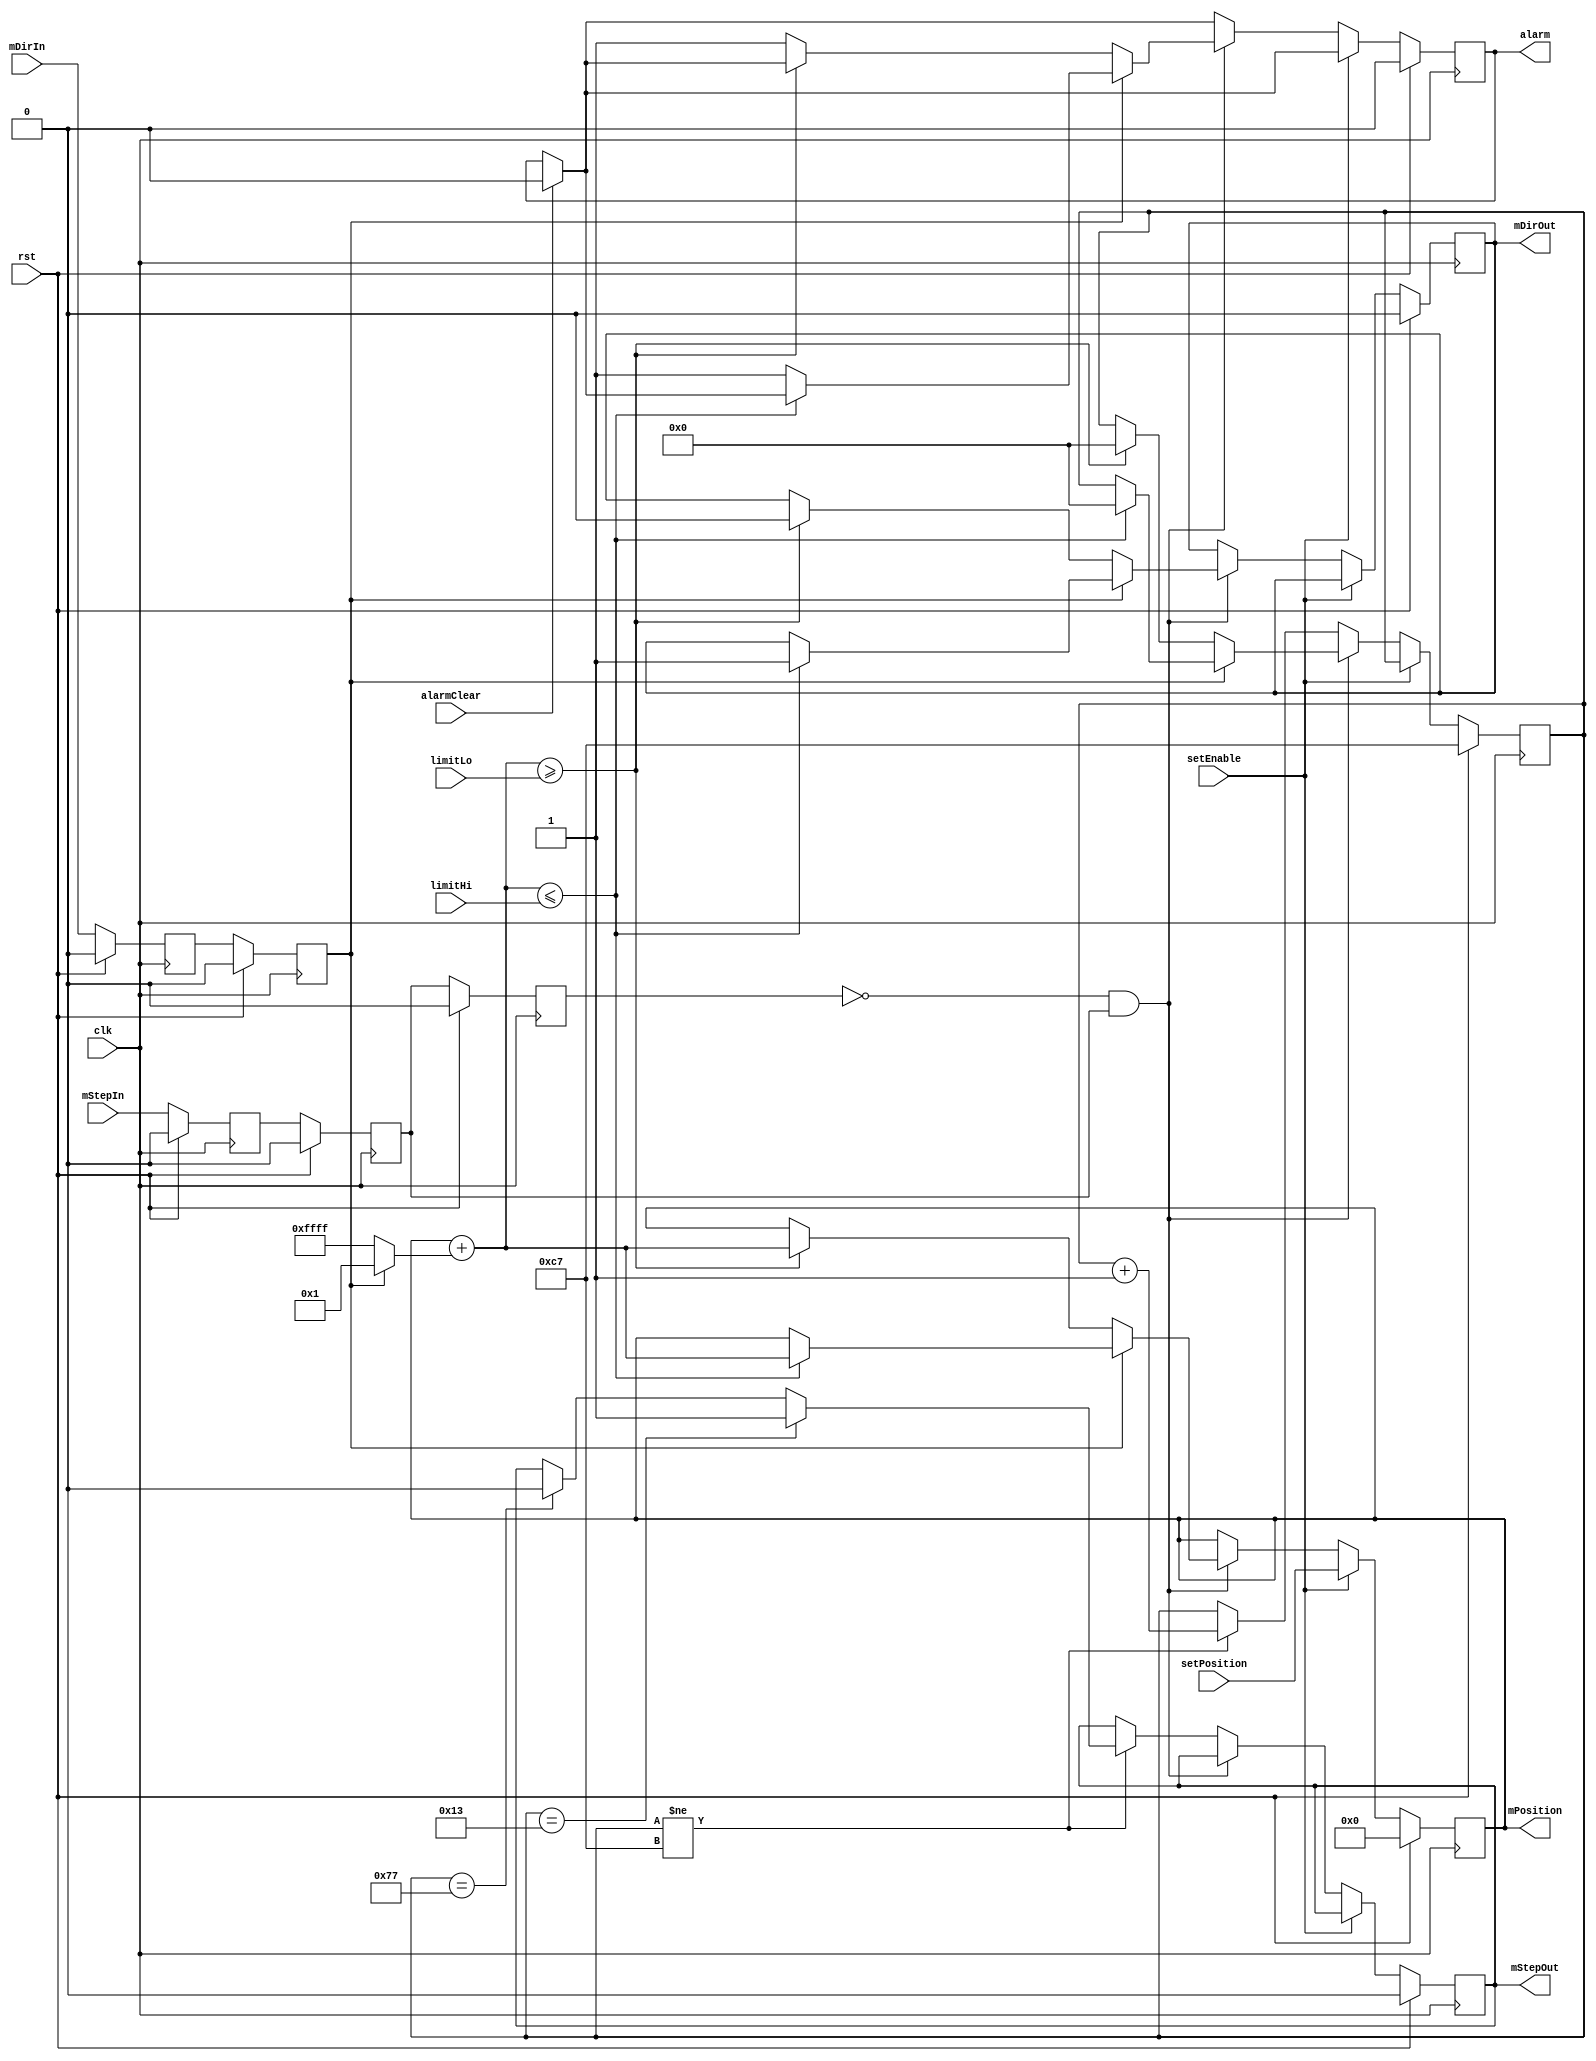
//=============================================================================================
// 6-Axis Robot Arm Motion Engine
// Copyright 2015 by Glen Akins.
// All rights reserved.
// 
// Set editor width to 96 and tab stop to 4.
//
// This program is free software: you can redistribute it and/or modify
// it under the terms of the GNU General Public License as published by
// the Free Software Foundation, either version 3 of the License, or
// (at your option) any later version.
//
// This program is distributed in the hope that it will be useful,
// but WITHOUT ANY WARRANTY; without even the implied warranty of
// MERCHANTABILITY or FITNESS FOR A PARTICULAR PURPOSE.  See the
// GNU General Public License for more details.
//
// You should have received a copy of the GNU General Public License
// along with this program.  If not, see <http://www.gnu.org/licenses/>.
//=============================================================================================

module limiter
(
	input	wire				rst,
	input	wire				clk,

	input	wire				setEnable,
	input	wire signed	[15:0]	setPosition,

	input	wire signed	[15:0]	limitLo,
	input	wire signed	[15:0]	limitHi,

	input	wire				mDirIn,
	input	wire				mStepIn,

	output	reg  signed [15:0]	mPosition,
	output	reg					mDirOut,
	output	reg					mStepOut,
	
	input	wire				alarmClear,
	output	reg					alarm
);

reg mDirIn_z, mDirIn_zz, mDirIn_zzz;
reg mStepIn_z, mStepIn_zz, mStepIn_zzz;
reg [7:0] counter;

wire signed [15:0] nextPosition;

assign nextPosition = mPosition + (mDirIn_zz ? 1 : -1);

always @ (posedge clk)
begin
	if (rst)
	begin
		mPosition <= 0;
		mDirOut <= 0;
		mStepOut <= 0;
		alarm <= 0;

		mDirIn_z <= 0;
		mDirIn_zz <= 0;
		mDirIn_zzz <= 0;

		mStepIn_z <= 0;
		mStepIn_zz <= 0;
		mStepIn_zzz <= 0;

		counter <= 199;
	end
	else
	begin
		if (alarmClear)
		begin
			alarm <= 0;
		end

		mDirIn_z <= mDirIn;
		mDirIn_zz <= mDirIn_z;
		mDirIn_zzz <= mDirIn_zz;

		mStepIn_z <= mStepIn;
		mStepIn_zz <= mStepIn_z;
		mStepIn_zzz <= mStepIn_zz;

		if (setEnable) 
		begin
			mPosition <= setPosition;
		end
		else if (!mStepIn_zzz && mStepIn_zz)
		begin
			if (mDirIn_zz)
			begin
				if (nextPosition <= limitHi)
				begin
					mPosition <= nextPosition;
					mDirOut <= 1'b1;
					counter <= 0;
				end
				else
				begin
					alarm <= 1;
				end
			end
			else if (!mDirIn_zz)
			begin
				if (nextPosition >= limitLo)
				begin
					mPosition <= nextPosition;
					mDirOut <= 1'b0;
					counter <= 0;
				end
				else
				begin
					alarm <= 1;
				end
			end
		end
		else if (counter != 199)
		begin
			counter <= counter + 1;
			if (counter == 19)			// assert 1us after direction output
			begin
				mStepOut <= 1;
			end
			else if (counter == 119)	// deassert 10us after assertion
			begin
				mStepOut <= 0;
			end
		end
	end
end

endmodule